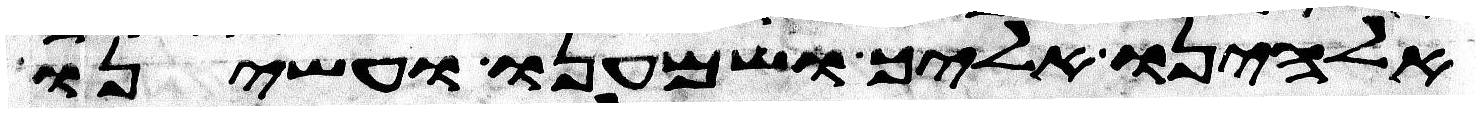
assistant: אלהינו אליך ושמענו ועשינו